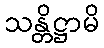
သန္တိဋ္ဌာမိ